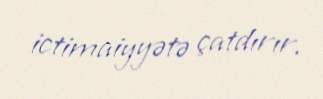
ictimaiyyətə çatdırır.